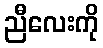
ညီလေးကို